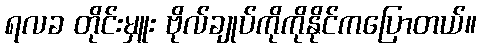
ရလခ တိုင်းမှူး ဗိုလ်ချုပ်ကိုကိုနိုင်ကပြောတယ်။